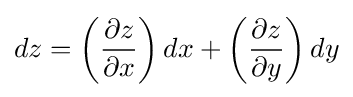
dz=\left({\frac {\partial z}{\partial x}}\right)dx+\left({\frac {\partial z}{\partial y}}\right)dy